Document type: Grant
Year: 1445
Scribe: Antoni Gomar
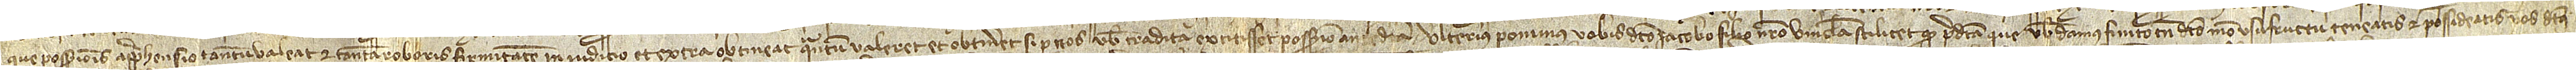
que possessionis apprehensio tantum valeat et tantam roboris firmitatem in iudicio et extra obtineat quantum valeret et obtineret si per nos vobis tradita extitisset possessio antedicta. Ulterius ponimus vobis dicto Iacobo, filio nostro, vincula scilicet quod predicta que vobis damus, finito tamen dicto meo usufructu, teneatis et possideatis vos dictus